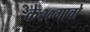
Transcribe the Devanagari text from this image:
के२०गावो